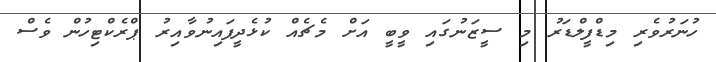
ހުނަރުވެރި މިޑްފީލްޑަރު މި ސީޒަނުގައި ވީބީ އަށް މެޗެއް ކުޅެދީފައިނުވާއިރު ޕްރެކްޓިހުން ވެސް